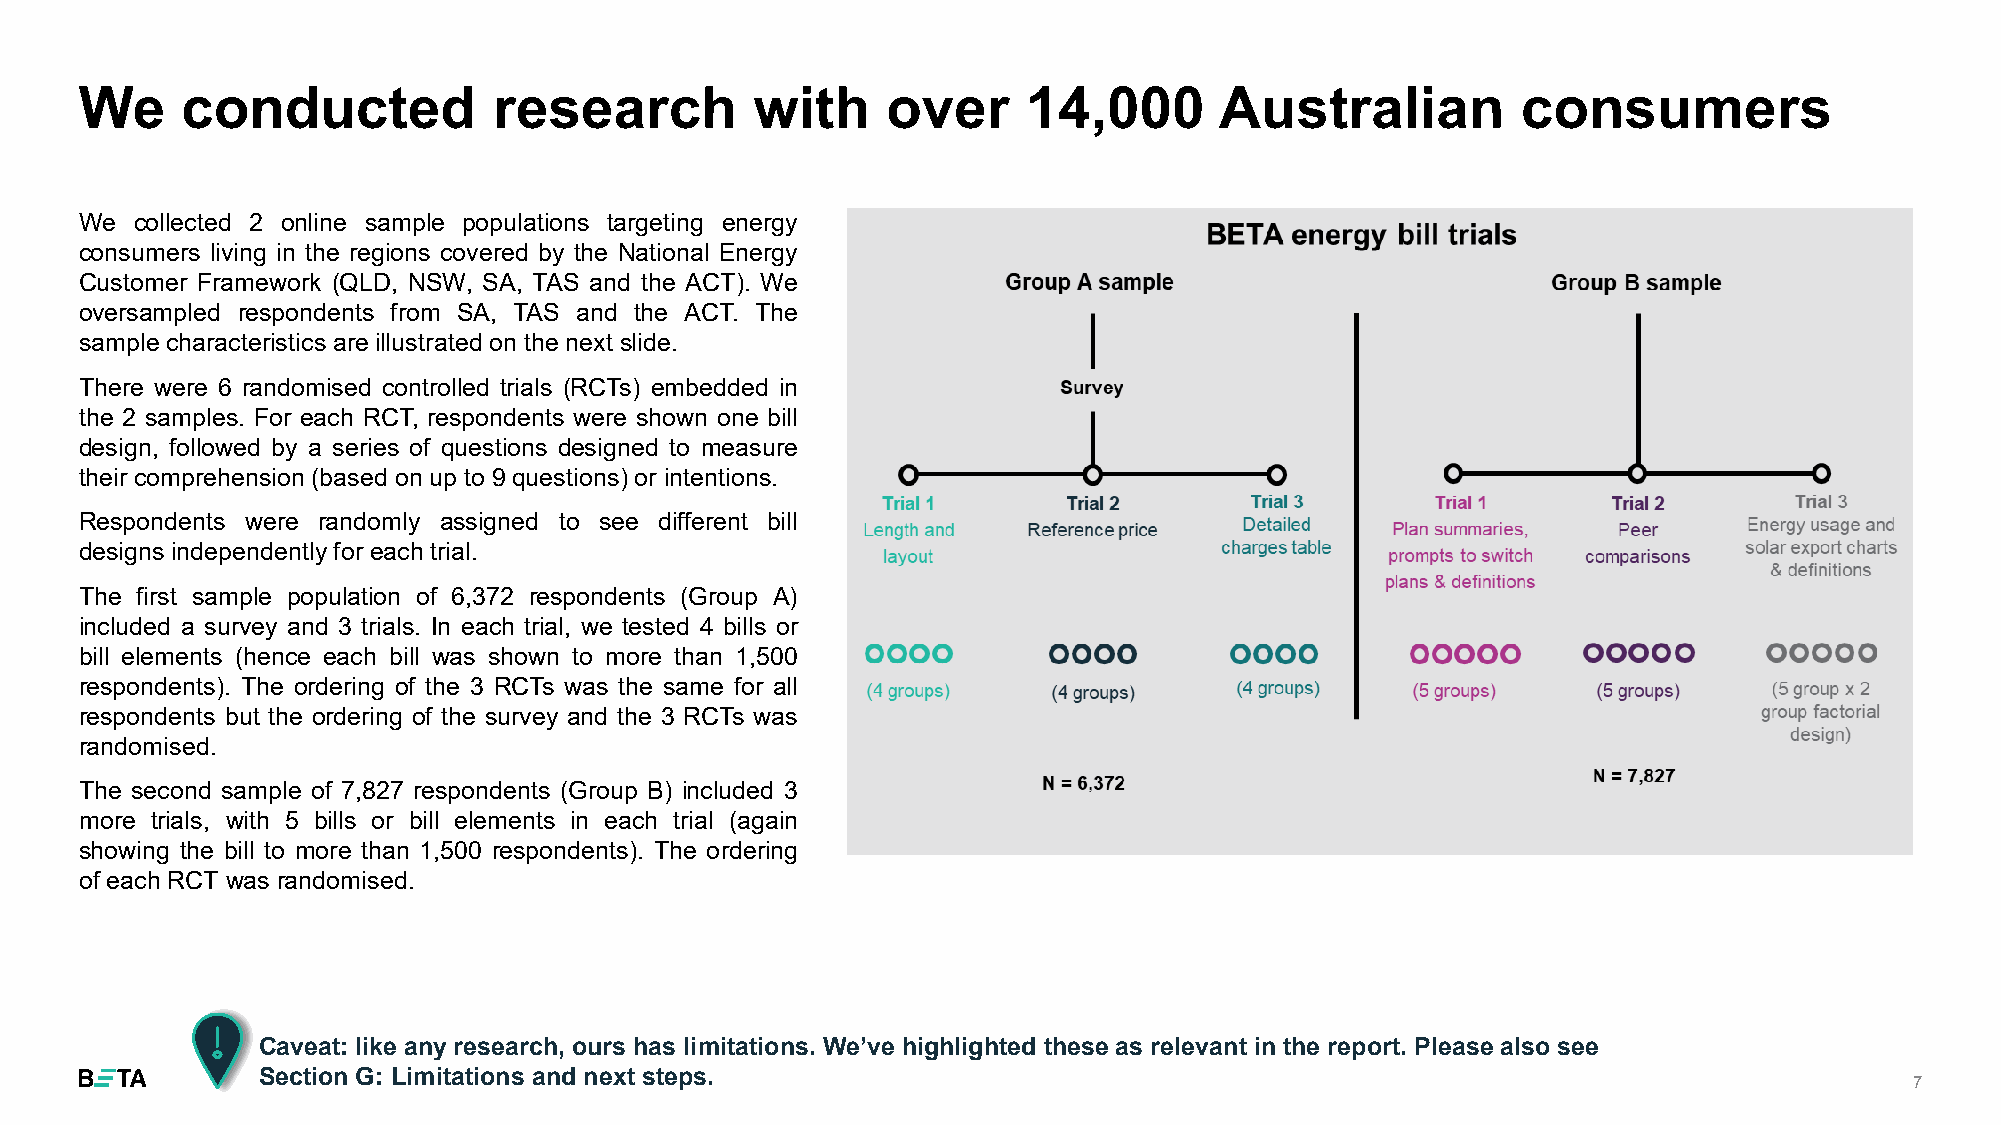
We     conducted            research         with     over     14,000       Australian          consumers
 We  collected 2 online sample populations targeting energy
 consumers living in the regions covered by the National Energy
 Customer Framework (QLD, NSW, SA, TAS and the ACT). We
 oversampled respondents from SA, TAS and the ACT. The
 sample characteristics are illustrated on the next slide.
 There were 6 randomised controlled trials (RCTs) embedded in
 the 2 samples. For each RCT, respondents were shown one bill
 design, followed by a series of questions designed to measure
 their comprehension(based on up to 9 questions) or intentions.
 Respondents were randomly assigned to see different bill
 designs independentlyfor each trial.
 The first sample population of 6,372 respondents (Group A)
 included a survey and 3 trials. In each trial, we tested 4 bills or
 bill elements (hence each bill was shown to more than 1,500
 respondents). The ordering of the 3 RCTs was the same for all
 respondents but the ordering of the survey and the 3 RCTs was
 randomised.
 The second sample of 7,827 respondents (Group B) included 3
 more trials, with 5 bills or bill elements in each trial (again
 showing the bill to more than 1,500 respondents). The ordering
 of each RCT was randomised.
 Caveat: like any research, ours has limitations. We’ve highlighted these as relevant in the report. Please also see
 Section G: Limitations and next steps.
 7